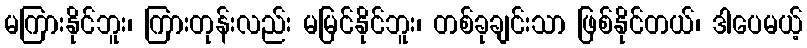
မကြားနိုင်ဘူး၊ ကြားတုန်းလည်း မမြင်နိုင်ဘူး၊ တစ်ခုချင်းသာ ဖြစ်နိုင်တယ်၊ ဒါပေမယ့်